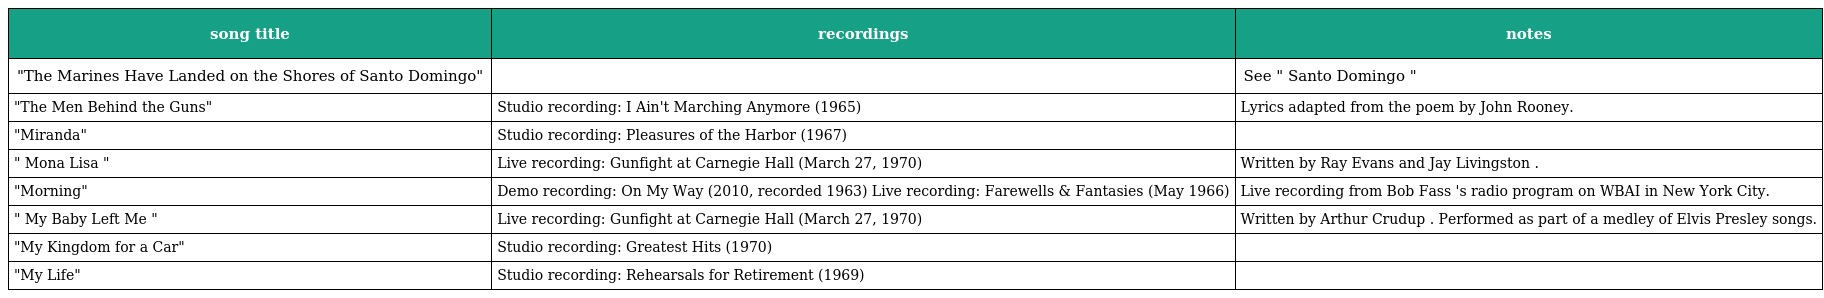
| song title | recordings | notes |
 | --- | --- | --- |
 | "The Marines Have Landed on the Shores of Santo Domingo" |  | See " Santo Domingo " |
 | "The Men Behind the Guns" | Studio recording: I Ain't Marching Anymore (1965) | Lyrics adapted from the poem by John Rooney. |
 | "Miranda" | Studio recording: Pleasures of the Harbor (1967) |  |
 | " Mona Lisa " | Live recording: Gunfight at Carnegie Hall (March 27, 1970) | Written by Ray Evans and Jay Livingston . |
 | "Morning" | Demo recording: On My Way (2010, recorded 1963) Live recording: Farewells & Fantasies (May 1966) | Live recording from Bob Fass 's radio program on WBAI in New York City. |
 | " My Baby Left Me " | Live recording: Gunfight at Carnegie Hall (March 27, 1970) | Written by Arthur Crudup . Performed as part of a medley of Elvis Presley songs. |
 | "My Kingdom for a Car" | Studio recording: Greatest Hits (1970) |  |
 | "My Life" | Studio recording: Rehearsals for Retirement (1969) |  |